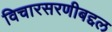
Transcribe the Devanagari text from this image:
विचारसरणीबद्दल